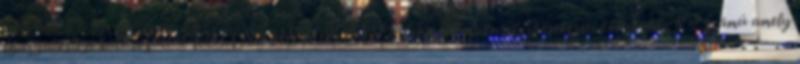
igazgatósági határozattal KÖLCSÖNSZERZŐDÉS lakáscélú takarékszövetkezeti kölcsönhöz 5 2 számú amely